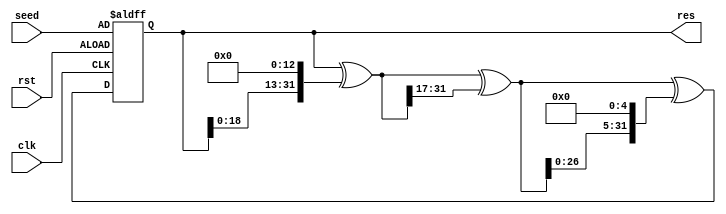
module xorshift32(clk, rst, res, seed);
    input clk,rst;
    input [31:0] seed;
    output [31:0] res;
    reg [31:0] res;
    always @(posedge clk or posedge rst) begin
        if(rst == 1) begin
            res <= seed;
        end else begin
            res = res ^ (res << 13);
            res = res ^ (res >> 17);
            res = res ^ (res << 5);
        end
    end
endmodule